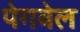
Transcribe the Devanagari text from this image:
पेगवेल